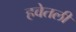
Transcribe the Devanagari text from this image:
हवेतली